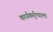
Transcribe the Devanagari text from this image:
कार्यकर्तृत्वाला